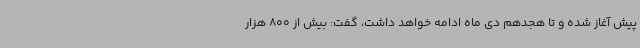
پیش آغاز شده و تا هجدهم دی ماه ادامه خواهد داشت، گفت: بیش از 800 هزار